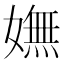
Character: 嫵